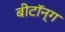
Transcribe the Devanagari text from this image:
बीटॉन्ग